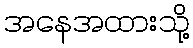
အနေအထားသို့